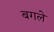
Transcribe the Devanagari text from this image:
बगले